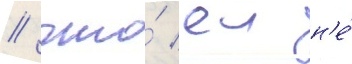
/ что́ еи н'е́